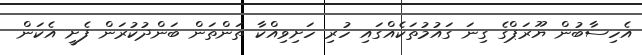
އެހިސާބުން ޔޫރަޕްގެ ގިނަ ގައުމުތަކެއްގައި ހުރި ހަށިވިއްކާ ތަންތަން ބަންދުކުރަން ފެށީ އެކަން